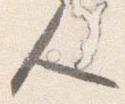
人